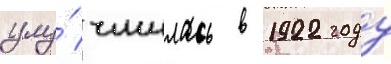
улу́чшилась в 1922 году